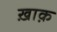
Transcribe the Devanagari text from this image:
ख़ाक़